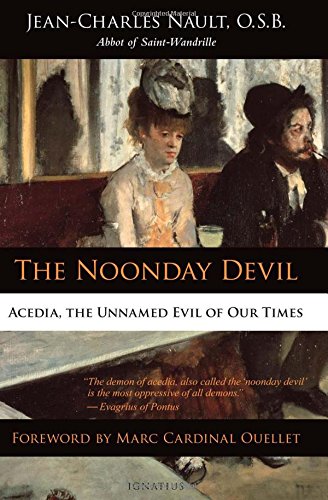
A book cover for The Noonday Devil: Acedia, the Unnamed Evil of Our Times; Dom Jean-Charles Nault; Christian Books & Bibles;